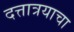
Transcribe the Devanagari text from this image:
दत्तात्रयाचा